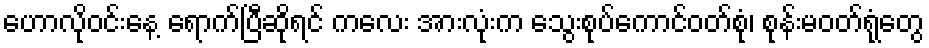
ဟောလိုဝင်းနေ့ ရောက်ပြီဆိုရင် ကလေး အားလုံးက သွေးစုပ်ကောင်ဝတ်စုံ၊ စုန်းမဝတ်ရုံတွေ